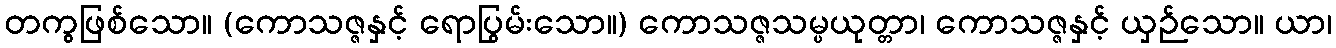
တကွဖြစ်သော။ (ကောသဇ္ဇနှင့် ရောပြွမ်းသော။) ကောသဇ္ဇသမ္ပယုတ္တာ၊ ကောသဇ္ဇနှင့် ယှဉ်သော။ ယာ၊